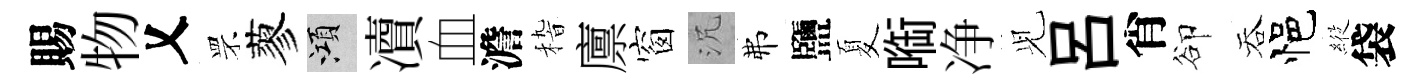
賜物乂罘蓼澒凟血澹𥟵廪窗沉弗鹽夏㗸净𫤗吕肖卻吞悒𦂵袋